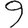
Digit: 9